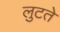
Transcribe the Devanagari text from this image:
लुटते